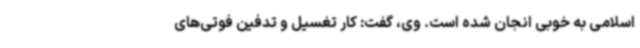
اسلامی به خوبی انجان شده است. وی، گفت: کار تغسیل و تدفین فوتی‌های